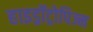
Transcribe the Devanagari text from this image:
हाइड्रॉट्रोपिज्म